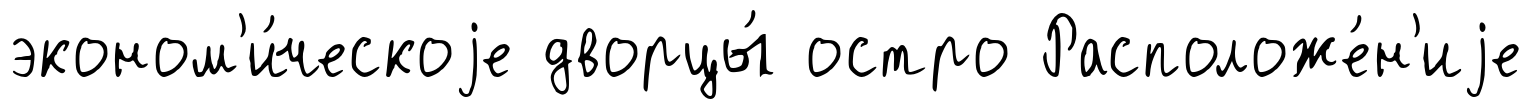
эконом'и́ческоjе дворцы́ остро Расположе́н'иjе